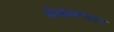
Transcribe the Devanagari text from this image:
सेवामण्डल